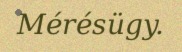
Mérésügy.